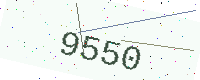
Text: 9550